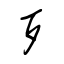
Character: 歹